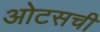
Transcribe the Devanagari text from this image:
ओटसची